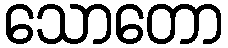
သောတော